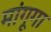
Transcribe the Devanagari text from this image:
मांगूगा